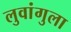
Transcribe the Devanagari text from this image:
लुवांगुला